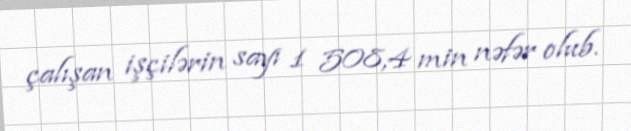
çalışan işçilərin sayı 1 508,4 min nəfər olub.